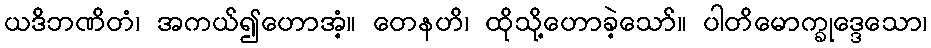
ယဒိဘဏိတံ၊ အကယ်၍ဟောအံ့။ တေနဟိ၊ ထိုသို့ဟောခဲ့သော်။ ပါတိမောက္ခုဒ္ဒေသော၊